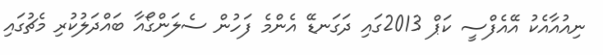
ނިއުއާއެކު އޭއެފްސީ ކަޕް 2013ގައި ދަގަނޑޭ އެންމެ ފަހުން ސެލަންގޯއާ ބައްދަލުކުރި މެޗުގައި